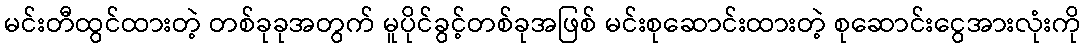
မင်းတီထွင်ထားတဲ့ တစ်ခုခုအတွက် မူပိုင်ခွင့်တစ်ခုအဖြစ် မင်းစုဆောင်းထားတဲ့ စုဆောင်းငွေအားလုံးကို